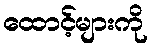
ထောင့်များကို